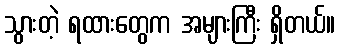
သွားတဲ့ ရထားတွေက အများကြီး ရှိတယ်။